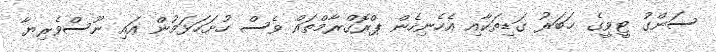
ސަންގު ޓީވީގެ ޚަބަރު ގަޑިތަކާއި އެހެނިހެން ޕްރޮގްރާމްތައް ވެސް ހުށަހަޅަމުން އައި ނޫސްވެރިޔާ